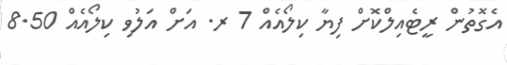
އެގޮތުން ރީޓެއިލްކޮށް ފިޔާ ކިލޯއެއް 7 ރ. އަށް އަލުވި ކިލޯއެއް 8.50